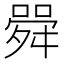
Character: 䑝